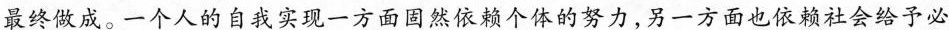
最终做成。一个人的自我实现一方面固然依赖个体的努力，另一方面也依赖社会给予必